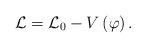
LaTeX: \begin{align*}\mathcal{L=L}_0-V\left( \varphi \right) .\end{align*}